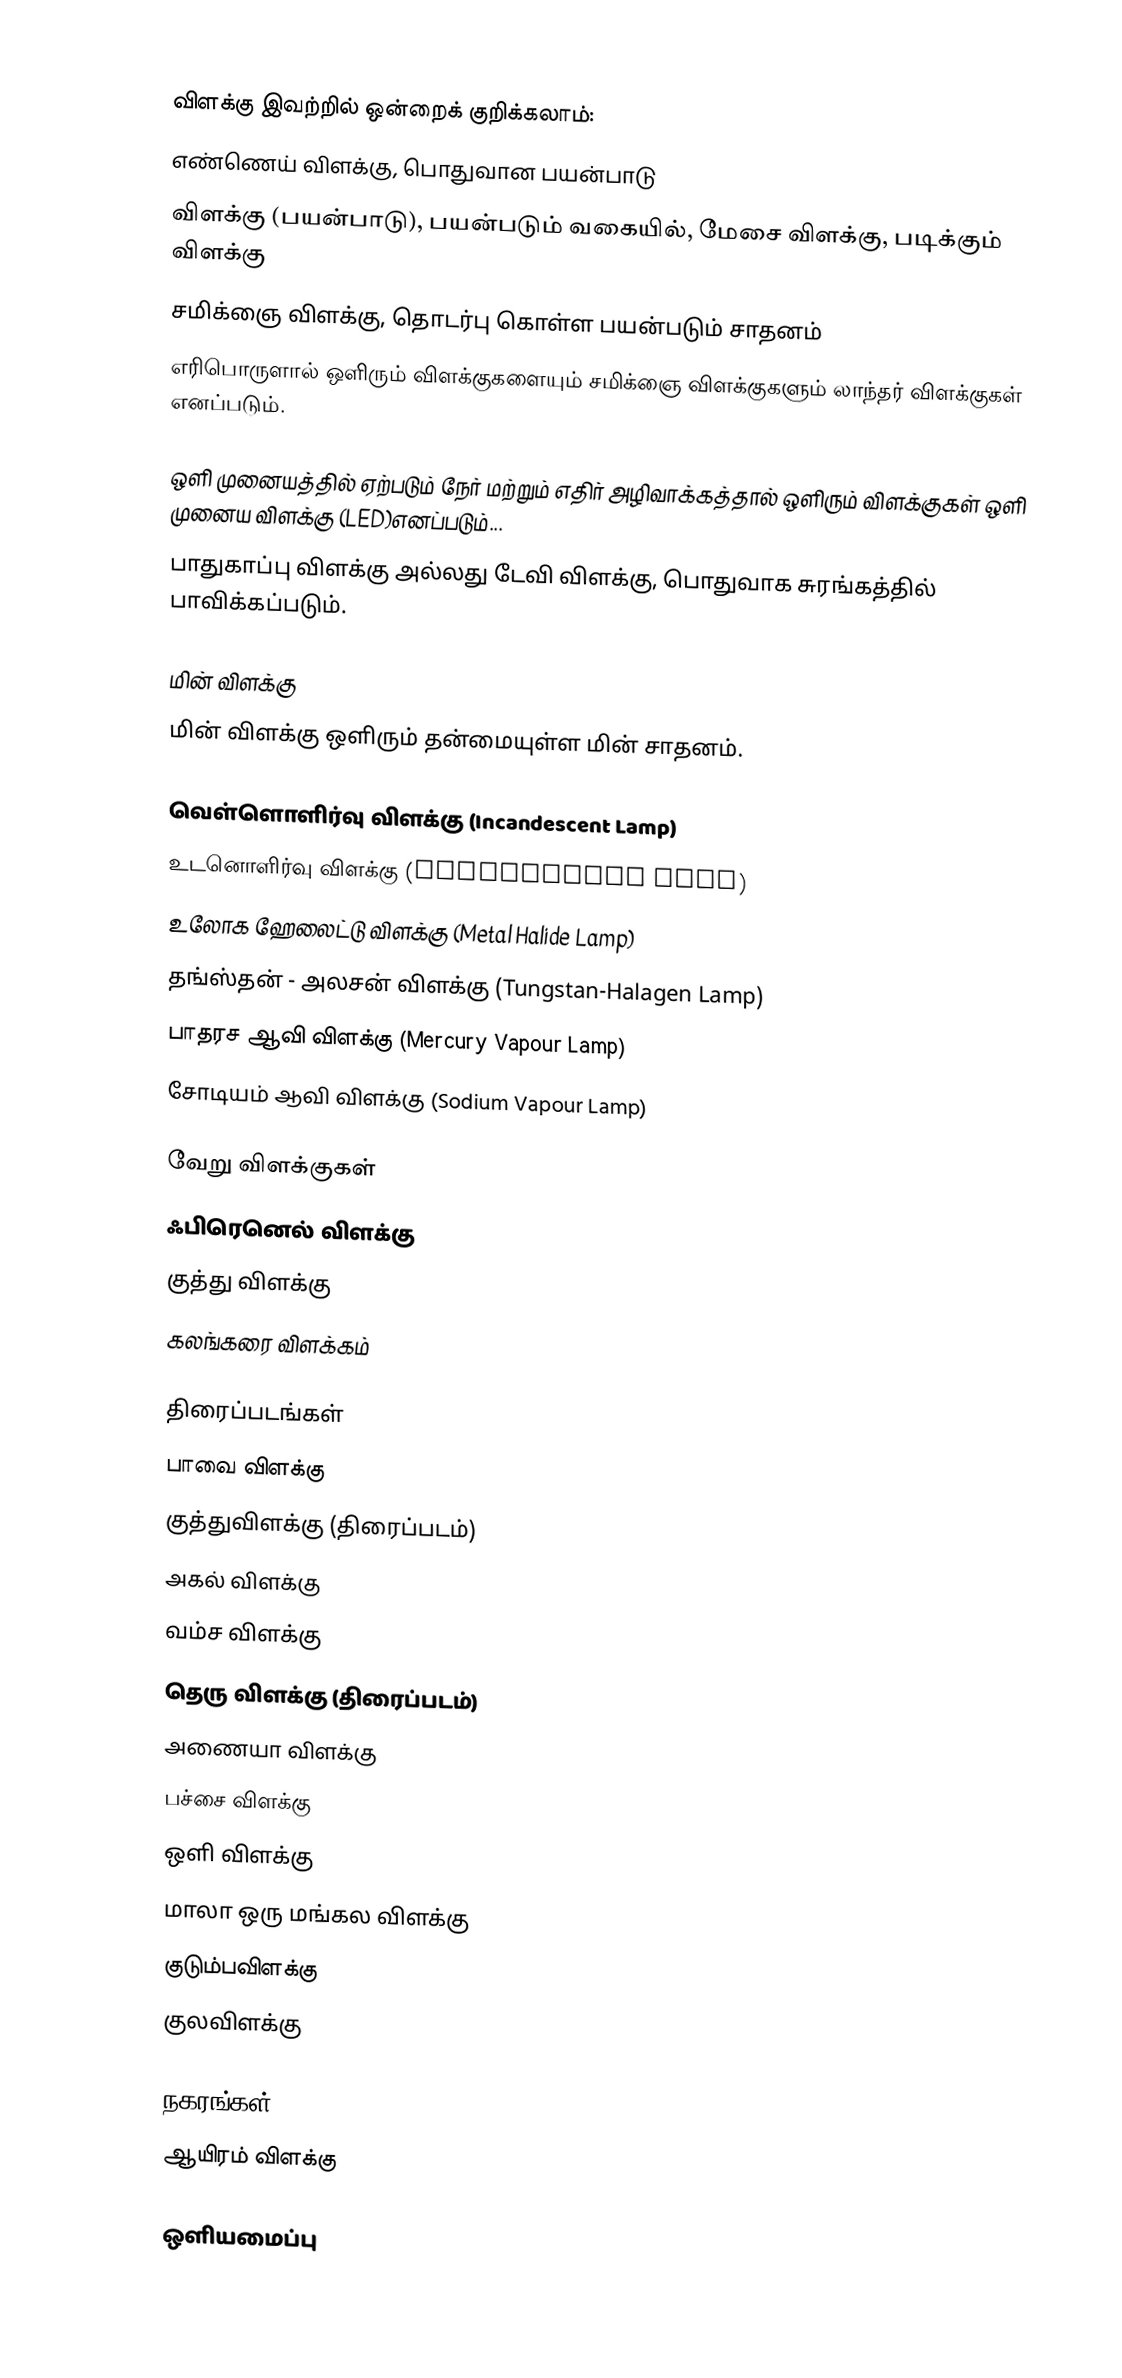

விளக்கு இவற்றில் ஒன்றைக் குறிக்கலாம்:
 எண்ணெய் விளக்கு, பொதுவான பயன்பாடு
விளக்கு (பயன்பாடு), பயன்படும் வகையில், மேசை விளக்கு, படிக்கும் விளக்கு
 சமிக்ஞை விளக்கு, தொடர்பு கொள்ள பயன்படும் சாதனம்
 எரிபொருளால் ஒளிரும் விளக்குகளையும் சமிக்ஞை விளக்குகளும் லாந்தர் விளக்குகள் எனப்படும்.

ஒளி முனையத்தில் ஏற்படும் நேர் மற்றும் எதிர் அழிவாக்கத்தால் ஒளிரும் விளக்குகள் ஒளி முனைய விளக்கு (LED)எனப்படும்...
பாதுகாப்பு விளக்கு அல்லது டேவி விளக்கு, பொதுவாக சுரங்கத்தில் பாவிக்கப்படும்.

மின் விளக்கு
மின் விளக்கு ஒளிரும் தன்மையுள்ள மின் சாதனம்.

 வெள்ளொளிர்வு விளக்கு (Incandescent Lamp)
 உடனொளிர்வு விளக்கு (Fluorescent Lamp)
 உலோக ஹேலைட்டு விளக்கு (Metal Halide Lamp)
 தங்ஸ்தன் - அலசன் விளக்கு (Tungstan-Halagen Lamp)
 பாதரச ஆவி விளக்கு (Mercury Vapour Lamp)
 சோடியம் ஆவி விளக்கு (Sodium Vapour Lamp)

வேறு விளக்குகள்
 ஃபிரெனெல் விளக்கு
 குத்து விளக்கு
 கலங்கரை விளக்கம்

திரைப்படங்கள்
 பாவை விளக்கு
 குத்துவிளக்கு (திரைப்படம்)
 அகல் விளக்கு
 வம்ச விளக்கு
 தெரு விளக்கு (திரைப்படம்)
 அணையா விளக்கு
 பச்சை விளக்கு
 ஒளி விளக்கு
 மாலா ஒரு மங்கல விளக்கு
 குடும்பவிளக்கு
 குலவிளக்கு

நகரங்கள்
 ஆயிரம் விளக்கு

ஒளியமைப்பு